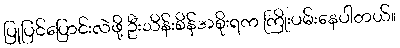
ပြုပြင်ပြောင်းလဲဖို့ ဦးသိန်းစိန်အစိုးရက ကြိုးပမ်းနေပါတယ်။